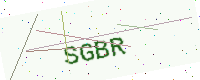
Text: SGBR